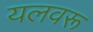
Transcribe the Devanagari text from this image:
यलवरू